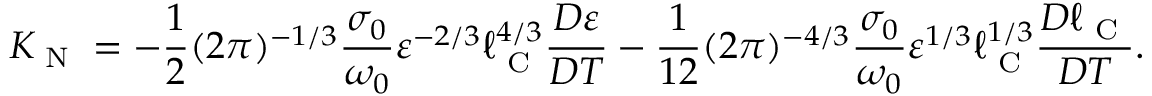
K _ { \textrm { N } } = - \frac { 1 } { 2 } ( 2 \pi ) ^ { - 1 / 3 } \frac { \sigma _ { 0 } } { \omega _ { 0 } } \varepsilon ^ { - 2 / 3 } \ell _ { \textrm { C } } ^ { 4 / 3 } \frac { D \varepsilon } { D T } - \frac { 1 } { 1 2 } ( 2 \pi ) ^ { - 4 / 3 } \frac { \sigma _ { 0 } } { \omega _ { 0 } } \varepsilon ^ { 1 / 3 } \ell _ { \textrm { C } } ^ { 1 / 3 } \frac { D \ell _ { \textrm { C } } } { D T } .